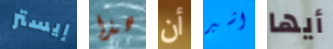
إيستر هذا أن اشير أيها